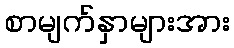
စာမျက်နှာများအား